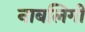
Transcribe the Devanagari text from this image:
नाबलिगों